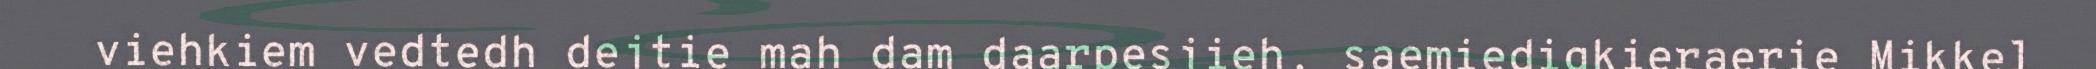
viehkiem vedtedh dejtie mah dam daarpesjieh, saemiedigkieraerie Mikkel